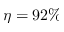
\eta = 9 2 \%